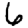
Digit: 6